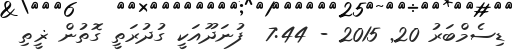
ޑިސެމްބަރު 20